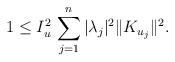
LaTeX: \begin{align*}1\leq I_{u}^{2}\, \sum_{j=1}^n |\lambda_j|^2 \Vert K_{u_j}\Vert^2.\end{align*}